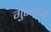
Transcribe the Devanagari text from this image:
गुरुरायें